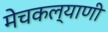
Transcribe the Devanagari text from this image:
मेचकल्याणी